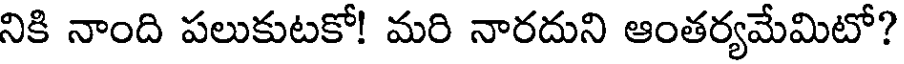
నికి నాంది పలుకుటకో! మరి నారదుని ఆంతర్యమేమిటో?